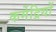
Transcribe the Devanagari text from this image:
कर्मेद्रियों